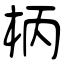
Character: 柄